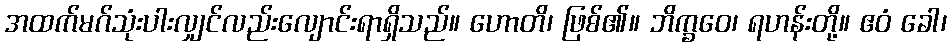
အထက်မဂ်သုံးပါးလျှင်လည်းလျောင်းရာရှိသည်။ ဟောတိ၊ ဖြစ်၏။ ဘိက္ခဝေ၊ ရဟန်းတို့။ ဧဝံ ခေါ၊